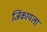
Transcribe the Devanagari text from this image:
जिंकायला